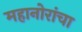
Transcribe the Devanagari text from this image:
महानोरांचा